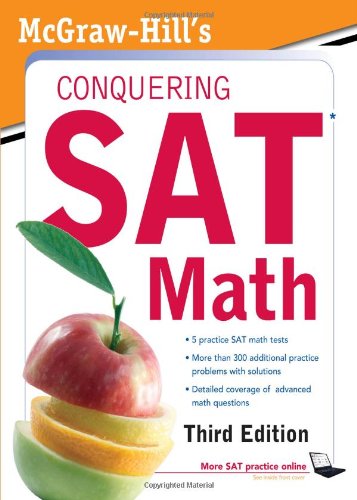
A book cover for McGraw-Hill's Conquering SAT Math, Third Edition; Robert Postman; Test Preparation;